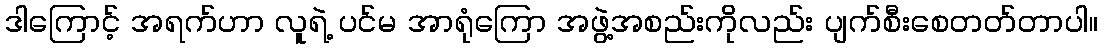
ဒါကြောင့် အရက်ဟာ လူရဲ့ ပင်မ အာရုံကြော အဖွဲ့အစည်းကိုလည်း ပျက်စီးစေတတ်တာပါ။